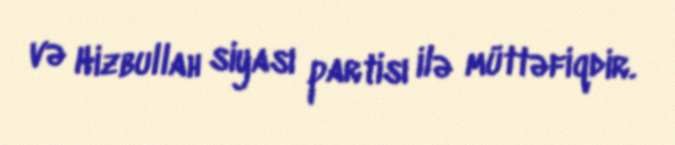
və Hizbullah siyası partisı ilə müttəfiqdir.